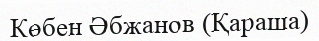
Көбен Әбжанов (Қараша)